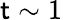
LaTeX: \mathsf{t}\sim1